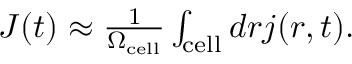
\begin{array} { r } { \boldsymbol J ( t ) \approx \frac { 1 } { \Omega _ { \mathrm { c e l l } } } \int _ { \mathrm { c e l l } } d \boldsymbol r \boldsymbol j ( \boldsymbol r , t ) . } \end{array}